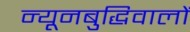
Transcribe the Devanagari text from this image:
न्यूनबुद्धिवालों